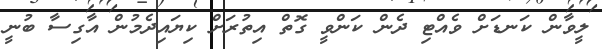
ލީވާން ކަނޑަށް ވެއްޓި ދެން ކަންވީ ގޮތް އިތުރަށް ކިޔައިދެމުން އާގިސާ ބުނީ